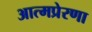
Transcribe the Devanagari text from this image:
आत्मप्रेरणा